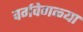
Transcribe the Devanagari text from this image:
वर्गवेगळ्या